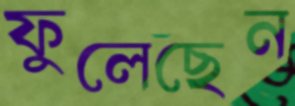
ফুলেছেন